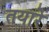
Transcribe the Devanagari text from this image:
तयारे